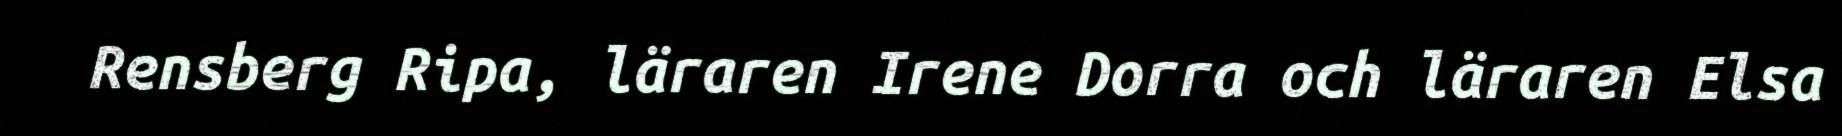
Rensberg Ripa, läraren Irene Dorra och läraren Elsa